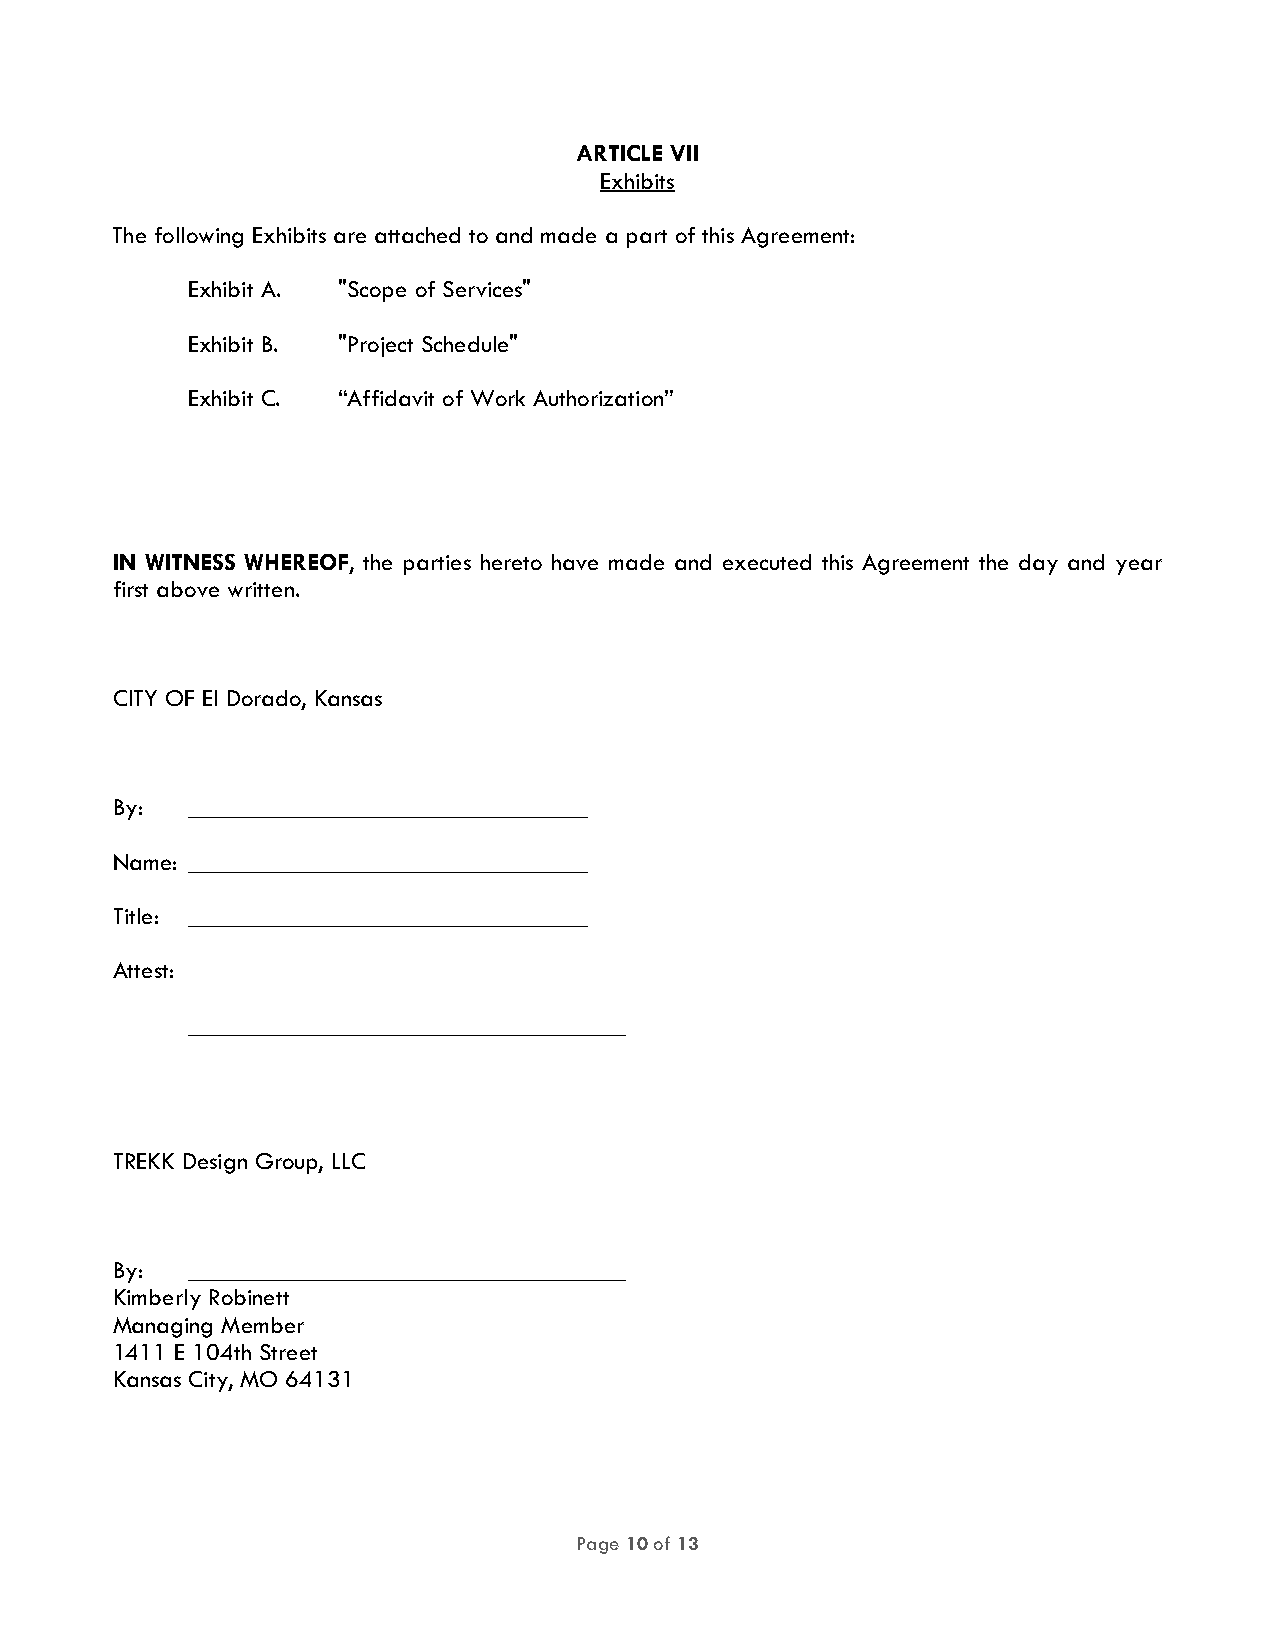
ARTICLE VII
 Exhibits
 The following Exhibits are attached to and made a part of this Agreement:
 Exhibit A. "Scope of Services"
 Exhibit B. "Project Schedule"
 Exhibit C. “Affidavit of Work Authorization”
 IN WITNESS WHEREOF, the parties hereto have made and executed this Agreement the day and year
 first above written.
 CITY OF El Dorado, Kansas
 By:  ________________________________
 Name: ________________________________
 Title: ________________________________
 Attest:
 ___________________________________
 TREKK Design Group, LLC
 By:  ___________________________________
 Kimberly Robinett
 Managing Member
 1411 E 104th Street
 Kansas City, MO 64131
 Page 10 of 13